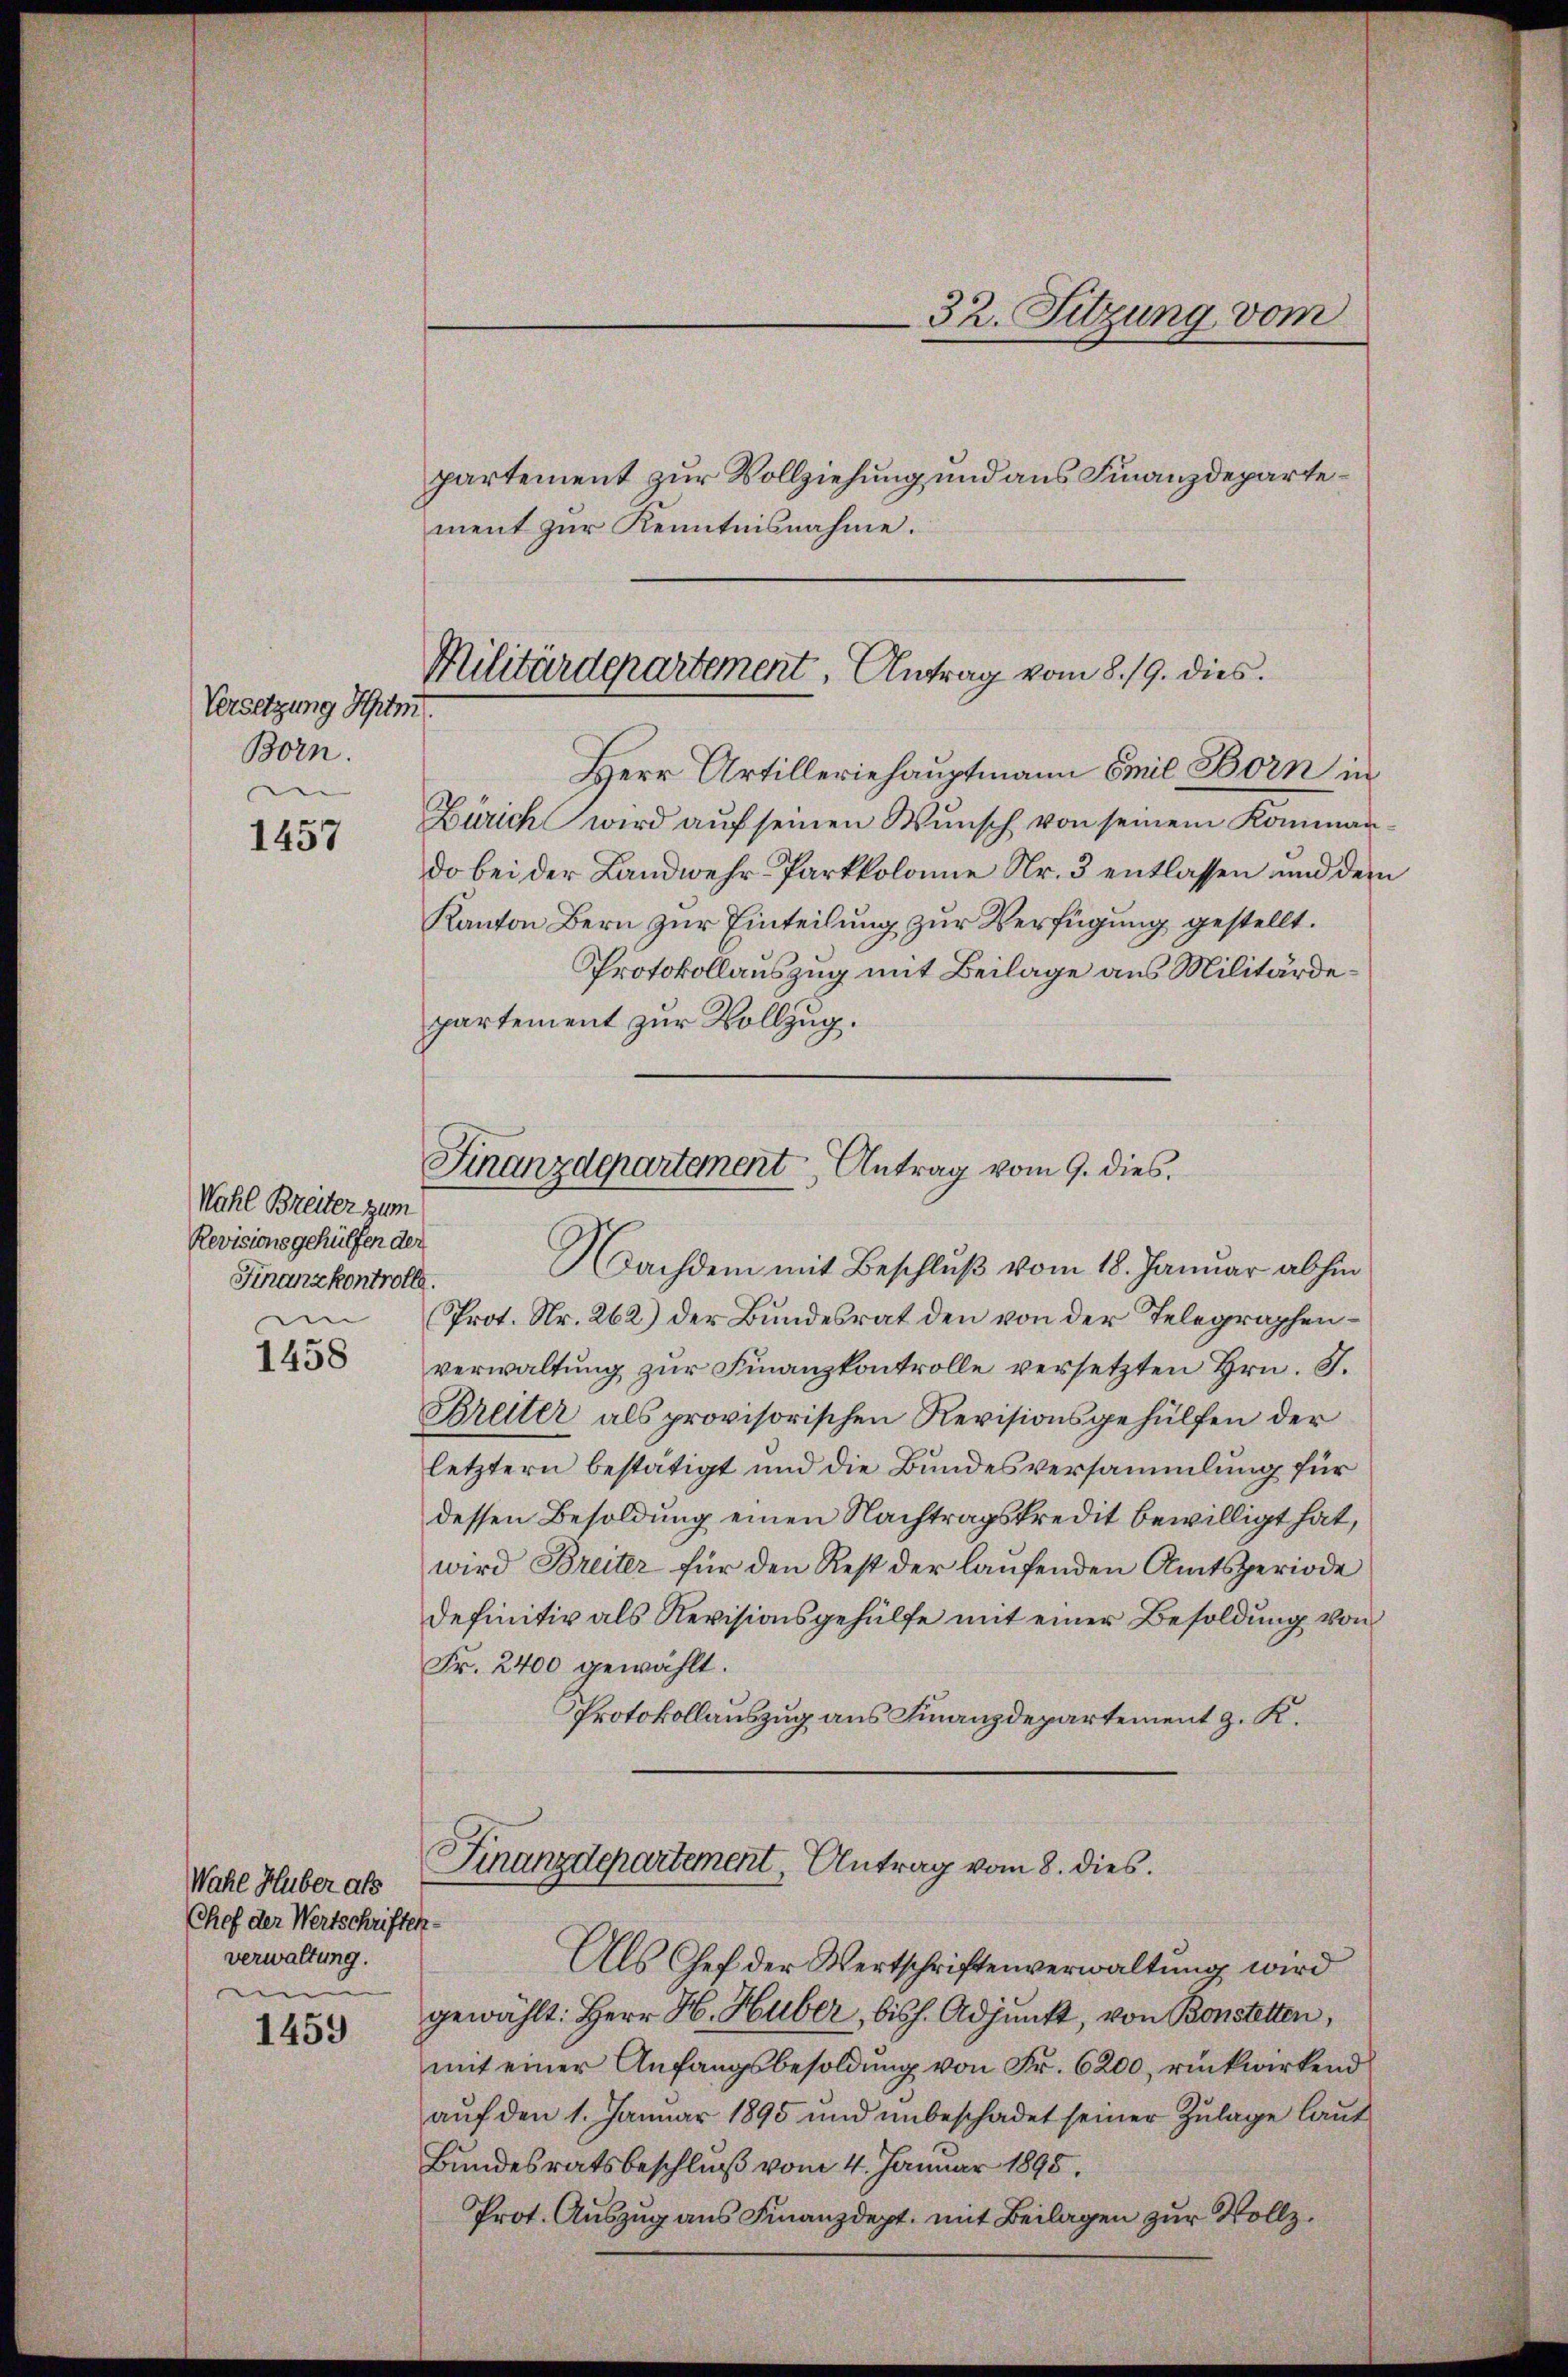
Versetzung Schim
Born.

1457

Wahl Breiter zum
Revisionsgehülfen der
Finanzkontrolle.
e

1458

Wahl Huber als
Chef der Wertschriften.
verwaltung.
en

1459

ment zur Kenntnisnahme.

Militärdepartement, Antrag vom 8. 19. dies

Herr Artilleriehauptmann Emil Born in
Zürich wird auf seinen Wunsch von seinem Kommando bei der Landwehr Parkkolonie Nr. 3 entlassen und dem
Kanton Bern zur Einteilung zur Verfügung gestellt.
Protokollauszug mit Beilage aus Militärdepartement zur Vollzug.

32. Sitzung vom
partement zur Vollziehung und aus Finanzdeparte¬

Finanzdepartement Antrag vom 9. dies
Nachdem mit Beschluß vom 18. Januar abhin

Prot. Nr. 262) der Bundesrat den von der Telegraphenverwaltung zur Finanzkontrolle versetzten Hrn. J.
Breiter als provisorischen Revisionsgehülfen der
letztern bestätigt und die Bundesversammlung für
dessen Besoldung einen Nachtragskredit bewilligt hat,
wird Breiter für den Rest der laufenden Amtsperiode
definitiv als Revisionsgehülfe mit einer Besoldung von
Fr. 2400 gewählt.
Protokollauszug aus Finanzdepartement z. K.

Finanzdepartement, Antrag vom 8. dies

Als Chef der Wertschriftenverwaltung wird
gewählt: Herr H. Huber, bish. Adjunkt, von Bonstetten,
mit einer Anfangsbesoldung von Fr. 6200, rückwirkend
aŭf den 1. Januar 1895 und unbeschadet seiner Zŭlage laŭt
Bundesratsbeschluß vom 4. Januar 1895.
Prot. Auszug aus Finanzdept. mit Beilagen zur Vollz¬